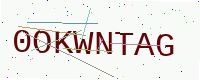
Text: 0OKWNTAG